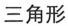
三角形